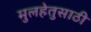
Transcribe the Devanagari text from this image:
मुलहेतुसाठी